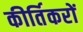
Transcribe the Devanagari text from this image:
कीर्तिकरों